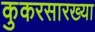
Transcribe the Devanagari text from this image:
कुकरसारख्या